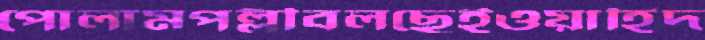
পোলামপল্লীবলছেইওয়াহিদ